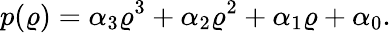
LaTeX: p(\varrho)=\alpha_{3}\varrho^{3}+\alpha_{2}\varrho^{2}+\alpha_{1}\varrho+\alpha_{0}.